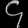
Digit: ၄